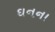
ઘનના